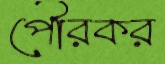
পৌরকর